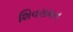
શિવરામન